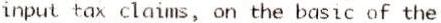
INPUT TAX CLAIMS, ON THE BASIC OF THE